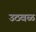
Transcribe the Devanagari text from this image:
उठवळ